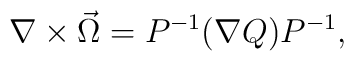
\nabla \times \vec \Omega = P^{-1}(\nabla Q)P^{-1},